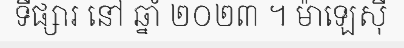
ទីផ្សារ នៅ ឆ្នាំ ២០២៣ ។ ម៉ាឡេស៊ី